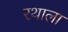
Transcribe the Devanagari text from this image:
रथाला